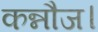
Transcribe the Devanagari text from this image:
कन्नौज।